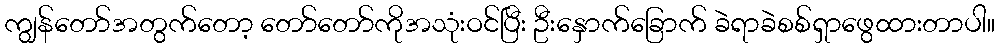
ကျွန်တော်အတွက်တော့ တော်တော်ကိုအသုံးဝင်ပြီး ဦးနှောက်ခြောက် ခဲရာခဲစစ်ရှာဖွေထားတာပါ။